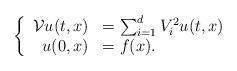
LaTeX: \begin{align*}\left\{ \begin{array}{rl}\mathcal{V} u(t,x) &=\sum_{i=1}^{d}V_i^2 u(t,x)\\ u(0,x)& =f(x). \end{array}\right.\end{align*}